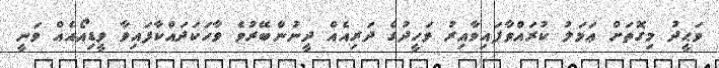
ވަޙީދު މިގޮތަށް ޢަމަލު ކުރައްވާފައިވާއިރު ވަހީދުގެ ދަރިއެއް ދީނުންބޭރުވެ ވާހަކަދައްކާފައިވާ ވީޑިއޯއެއް ވަނީ